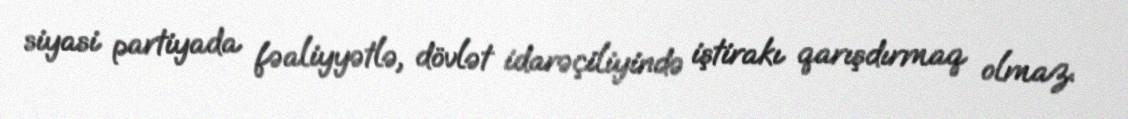
siyasi partiyada fəaliyyətlə, dövlət idarəçiliyində iştirakı qarışdırmaq olmaz.